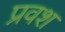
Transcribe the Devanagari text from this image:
प्रवश